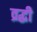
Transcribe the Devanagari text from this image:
व्रद्धी